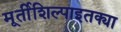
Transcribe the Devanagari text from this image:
मूर्तीशिल्पाइतक्या